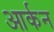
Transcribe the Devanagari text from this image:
आर्कन